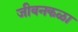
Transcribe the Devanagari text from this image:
जीवनकळा